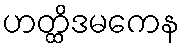
ဟတ္ထိဒမကေန